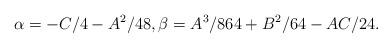
LaTeX: \begin{align*} \alpha= -C/4-A^2/48, \beta = A^3/864+B^2/64-AC/24.\end{align*}